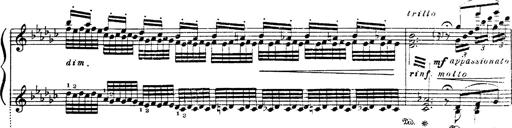
Title: Danza sacra e duetto finale dâ€™Aida
Composer: Franz Liszt